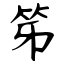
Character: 笫